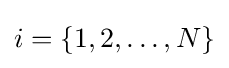
i=\{1,2,\dots ,N\}